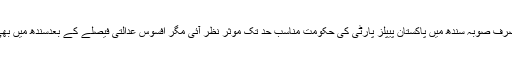
اس سارے منظر نامے میں صرف صوبہ سندھ میں پاکستان پیپلز پارٹی کی حکومت مناسب حد تک موثر نظر آئی مگر افسوس عدالتی فیصلے کے بعدسندھ میں بھی سب مذاق بن کر رہ گیا ہے۔